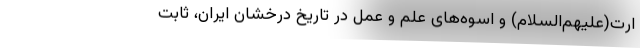
ارت(علیهم‌السلام) و اسوه‌های علم و عمل در تاریخ درخشان ایران، ثابت